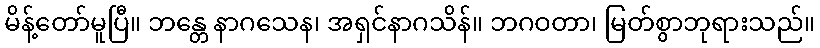
မိန့်တော်မူပြီ။ ဘန္တေ နာဂသေန၊ အရှင်နာဂသိန်။ ဘဂဝတာ၊ မြတ်စွာဘုရားသည်။